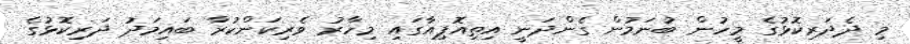
މި ދެދަރިކޮޅުގެ މީހުން ބުނަމުން ގެންދަނީ އިތިއޮޕިއާގައި މިހާރު ވެރިކަންކުރާ ބައިމަދު ދަރިކޮޅުގެ